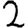
Digit: 2